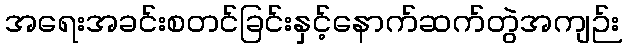
အရေးအခင်းစတင်ခြင်းနှင့်နောက်ဆက်တွဲအကျဉ်း